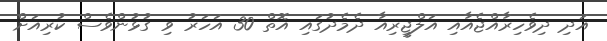
އަދި ދިވެހިރާއްޖެއާއި އަލްޖީރިއާ ދެމެދުގައި އޮތް 30 އަހަރު ވި ގުޅުންވެސް ކުރިއަށް